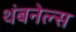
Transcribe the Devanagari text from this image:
थंबनेल्स